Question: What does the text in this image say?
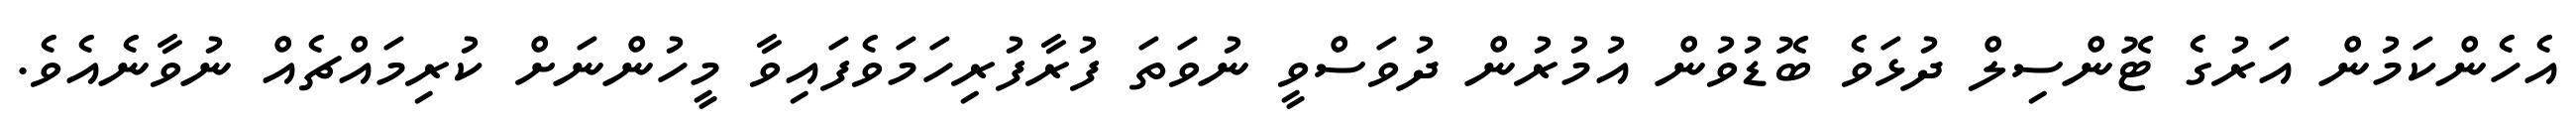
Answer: އެހެންކަމުން އަރުގެ ޓޮންސިލް ދުޅަވެ ބޮޑުވުން އުމުރުން ދުވަސްވީ ނުވަތަ ފުރާފުރިހަމަވެފައިވާ މީހުންނަށް ކުރިމައްޗެއް ނުވާނެއެވެ.